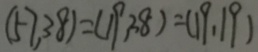
( 5 7 , 3 8 ) = ( 1 9 , 3 8 ) = ( 1 9 , 1 9 )